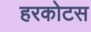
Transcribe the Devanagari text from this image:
हरकोटस